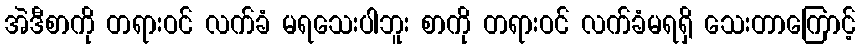
အဲဒီစာကို တရားဝင် လက်ခံ မရသေးပါဘူး စာကို တရားဝင် လက်ခံမရရှိ သေးတာကြောင့်